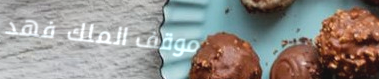
موقف الملك فهد